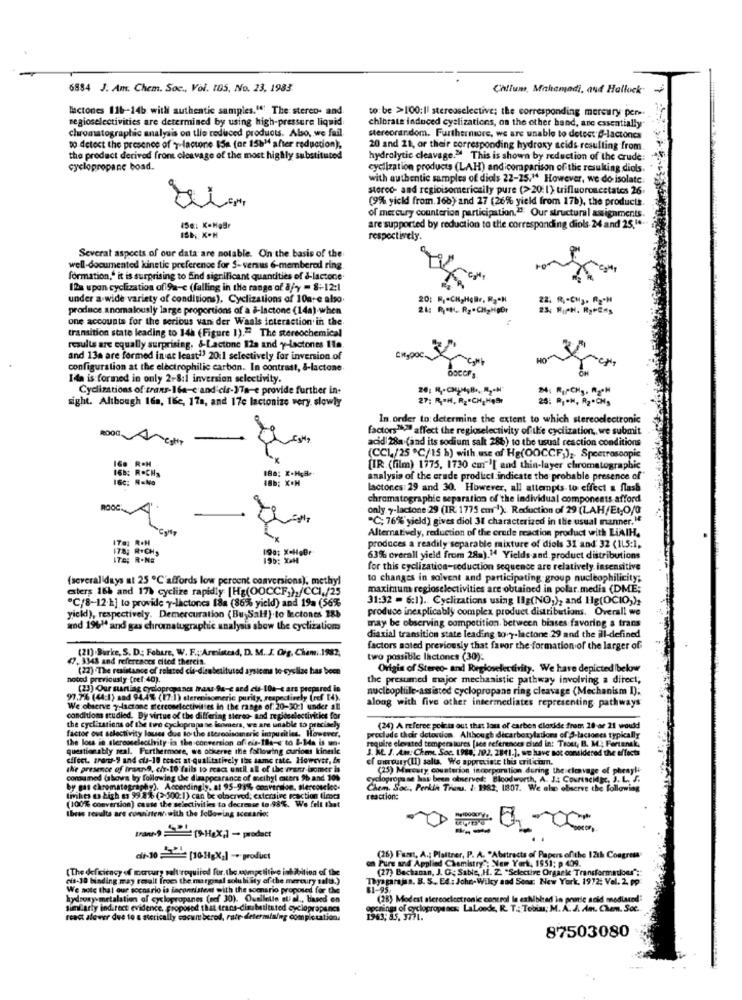
6884 J. Am. Chem. Soc ., Vol. I05, No. 23, 1983.
Chtlum, Makamadi, and Hallock"
lactones 116-14b with authentic samples." The steren- and.
regioselectivities are determined by using high-pressure liquid:
to: be >100:Il stereaselective; the corresponding mercury per -.
chromatographic analysis on tlio reduced products. Also, we fail
chlorate induced cyalizations, on the other hand, anc essentially"
stereorandom. Furthermore, we are unable to detect B-lactones
to detect the presence of y-lactone 15m (or 15b" after reduction),
20 and 21, or their corresponding hydroxy acids resulting from
the product derived from cleavage of the most highly substituted
hydrolytic cleavage." This is shown by reduction of the crude:
cyclopropane boad.
cyclization products (LAH) and comparison of the resulting diols.
with authentic samples of diols 22-25,14 However, we do isolate
stereo- and regioisomericaily pure (>20: 1); trifluoroaestates 26.
(9% yield from. 16b) and 27 (26% yield from 17b), the products.
of mercury counterion participation.13 Our structural assignments
450: K=HaBr
are supported by reduction to the corresponding diols 24 and 25." *.
ISB. X.H
respectively.
Severat aspects of our data are notable. On the basis of the
well-documented kinetic preference for S- versus 6-membered ring.
formation," it is surprising to find significant quantities of d-lactone.
12x upon cyclization of 9a-c (falling in the range of a/y - 8-12:1
under a wide variety of conditions). Cyclizations of 10are also.
20: R, CH,Hollr, R2*N
produce anomalously large proportions of a &-lactone (14a).when
one accounts for the serious van der Waals interaction in the
transition state leading to 14h (Figure 1)." The stereochemical
results are equally surprising. &-Lactone 12a and y-Lactones 11a.
and 13a are formed in at least") 2011 selectively for inversion of
configuration at the electrophilic carbon. In contrast, &-lactone.
Ifn is formed in only 2-8:1 inversion selectivity.
Cydizations of trans-16a-c and cis-17a-e provide further in-
sight. Although 16a, 16c, 17a, and 17e lactonize very slowly
27; R .= H. R2 "CH_HeBr
25: Rj.M. R2*CH,
In order to determine the extent to which stereoelectronic
factors">> affect the regioselectivity of the cyclization ,, we submit
acid 28a (and its sodium salt 286) to the usual reaction conditions
(CCL/25 ℃/15 b) with use af Hg(O0CCF;)z. Spectroscopic
[IR (film) 1775, 1730 cm'[ and thin-layer chromatographic
18b; X.H
analysis of the erade product indicate the probable presence of"
lactones 29 and 30. However, all attempts to effect & flash
chromatographie separation of the individual components afford
only y-lactone 29 (IR. 1775 cm""). Reduction of 29 (LAH/Et,O/0
"℃, 76%'yield) gives diol 31 characterized in the usual manner."
Alternatively, reduction of the crude reaction product with LiAIH.
190: X-HeBr
produces a readily separable mixture of diols 31 and 32 (115:1,
195: X4H
63% overall yield from 28a).M Yields-and. product distributions
for this cyclization-seduction sequence are relatively insensitive
(several days at 25 ℃'affords low percent conversions), methyl
to changes in solvent and participating group nucleophilicity;
esters 16h and 17% cyclize rapidly |Hg(00CCF;),/CCI,/25
maximum regioselectivities are obtained in polar. media (DME;
31:32 - 6:1). Cyclizations using Ilg(NO;), and Hg(OCIO,),
"C/8-12-1] to provide y-lactonca 18a (86% yield) and 19a (56%
produce inexplicably complex product distributions. Overall we
yield), respectively. Demercuration (Bu Sal).to lectones 18b
and 1961ª and gas chromatographic analysis sbow the cyclizatiom
may be observing competition, between biases favoring a trans
diaxial transition state leading tory-lactone 29 and the ill-defined
(20) .Burke, S. D .: Febure, W. F .; Armistead, D. M. J. Org, Cham .. 1982,
factors noted previously that favor the formation of the larger of
(7. 3348 and references etod thercin.
two possible lactones (30):
(22) The resistance of related cle-dienbetit
Lod systems to-cyslize has been
Origin of Stereo- and Regioselectivity. We have depicted bek
noted previously (ref 40).
the presumed major mechanistic pathway involving a direct;
(23) Our starting cyclopropanes mraus 94-e ard els-10h-e ars prepared in
nucleopliile-assisted cyclopropane ring cleavage (Mechanism I);
97.76 (44:1) sad 94.4% (17.1) sterenisomeric purity, respectively (ref [4).
We observe y-lactone stereoselectivities in the range of: 20-30:1 under all
20-30:1
under
along with five other intermediates representing pathways
conditions studied. By virtue of the differing stereo- and regioselectivicies for
tivities
factor out selectivity lauses due to the sterosisomeric impurities. However,
propane boomers, we
(24) A referee points out that lou of carbon dioxide frem 28 ar 21 would
the loss in sleromselecility in the conversion ofiris-18s-s'to &-14s is un-
preclude their detoution. Although decarboxylations of S-laciones typically
questionably real. Furthermore, we otkkerne the following curious kinele
3. W. J. Am: Chent. Soc. 1989, 192, 2811.]. we have not considered the effects
equire elevated temperatures [see references ched in: Trout, B. M .; Fartanek,
effect. zran-9 and cia-19 react at -qualitatively Ils same rate. However, En
of mercury(II) salta. We appreciate this eriliciumn.
the presence of trans9, cis-10 fails to react until al of the wrest bomer is
(25) Marcary counterion incorporation during the cleavage of phenyli-
consumed (shows by following the disappearance of methyl esters 9b and 10%
cyclopropa ne has been olnerves: Bloodworth, A. J .: CONFENCHIRE, J. L. S.
by gas chromatography). Accordingly, at 95-99% c
Chem. Soc ., Perkin Trans. 1: 1982, 1807. We also observe the follow
Imkes as high as 99 8% (>500:1) can be olnerved; extensive reaction time
(100% conversion) cause the selectivities to decrease to 98%. We felt that
reactions
Ibeas results are consistentwith the following scenario;
tanNl (-Hex;] - product
di-10: [101 X2] -. product
Pure and Applied Chemistry": New York, 1951: p 409.
(26) Fant, A .; Plattner, P. A. "Abstracts of Papers ofthe 12th Congress
(The deficiency of mercury salt required for. the competitive int ibition of the
(27) Bachaman, J. C. Sable, , H. Z. "Selective Orgaele Transformations";
cis-10 binding may result froes the marginal solu bility of the mercury salta.)
Thysgarajan. B. S. E4 : John- Wilcy and Song New York, 1972: Vel. 2. pp
We note that our scenario is inconsistent with the scenario proposed for the
81-95
hydroxy metalation of cyclopropanes (nef 30). Quelleile qu'il ., based on
(28) Modest stereoelectronic control le exhibitad in pranic acid modlared
sinfarty indirect evidence, proposed that trans-disubstituted cycle
opening of cycloprope ook LaLonde, R. T .: Tobias; M.A. S. Am. Chem. Soc.
react alewer due to a sterically cocuntberod, rate determining completation.
87503080